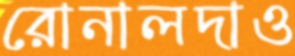
রোনালদাও